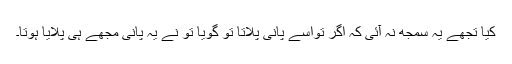
کیا تجھے یہ سمجھ نہ آئی کہ اگر تُواسے پانی پلاتا تو گویا تُو نے یہ پانی مجھے ہی پلایا ہوتا۔